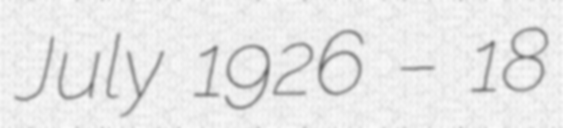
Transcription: July 1926 – 18